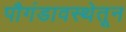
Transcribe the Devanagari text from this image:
पौगंडावस्थेतून